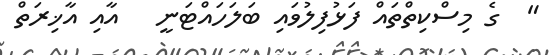
"  ގެ މިސްކިތްތައް ފަޅުފިލުވައި ބަލަހައްޓަނީ   އާއި އާޚިރަތް